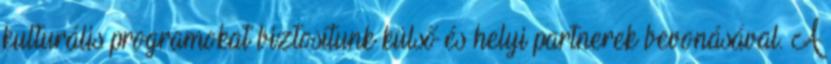
kulturális programokat biztosítunk külső és helyi partnerek bevonásával. A